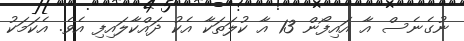
ނުގެނެސް އާ އައިފޯން 13 އާ ކުލަތަކާ އެކު ދައްކާލައިފި އެވެ. އެކަމަކު